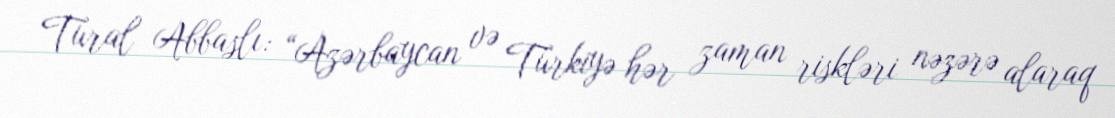
Tural Abbaslı: “Azərbaycan və Türkiyə hər zaman riskləri nəzərə alaraq